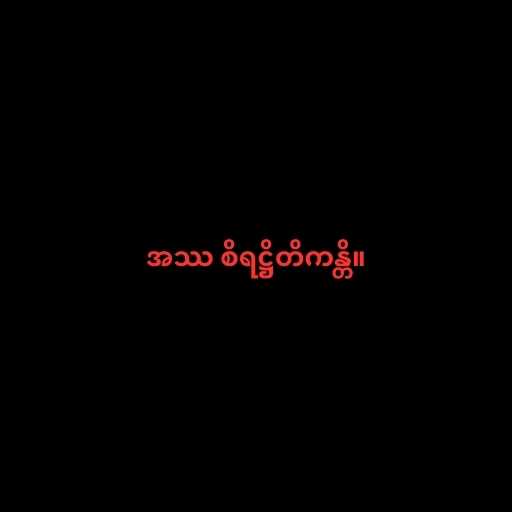
အဿ စိရဋ္ဌိတိကန္တိ။